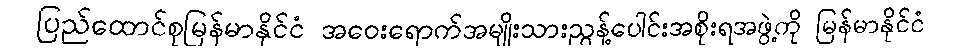
ပြည်ထောင်စုမြန်မာနိုင်ငံ အဝေးရောက်အမျိုးသားညွန့်ပေါင်းအစိုးရအဖွဲ့ကို မြန်မာနိုင်ငံ